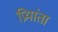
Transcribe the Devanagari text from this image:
प्रियांता